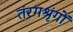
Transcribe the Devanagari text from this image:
तंरगश्रृंगों